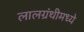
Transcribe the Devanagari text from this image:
लालग्रंथीमध्ये